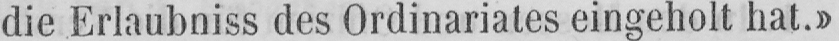
die Erlaubniss des Ordinariates eingeholt hat.»